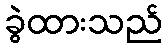
ခွဲထားသည်